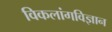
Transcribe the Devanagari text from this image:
विकलांगविज्ञान